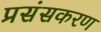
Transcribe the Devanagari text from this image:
प्रसंसकरण